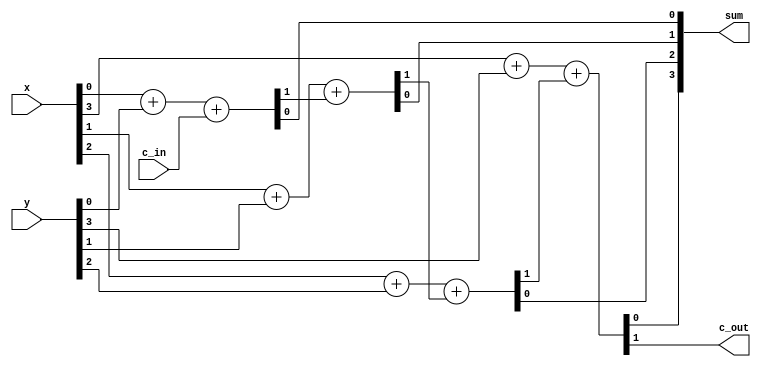
module adder_nbit_case #(
    parameter N = 4  // set default value 
)(
    input  wire     [N-1:0]     x, 
    input  wire     [N-1:0]     y,
    input  wire                 c_in,
    
    output reg      [N-1:0]     sum,
    output reg                  c_out
);
    reg  [N-2:0] c;      // internal carries declared as nets 

    genvar i;
    generate for (i = 0; i < N; i = i + 1) begin: adder 
        case (i)
            0: assign {c[i], sum[i]} = x[i] + y[i] + c_in; 
            N-1: assign {c_out, sum[i]} = x[i] + y[i] + c[i-1];
            default: assign {c[i], sum[i]} = x[i] + y[i] + c[i-1]; 
        endcase
    end 
    endgenerate

endmodule